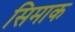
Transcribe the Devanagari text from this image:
सिमाक